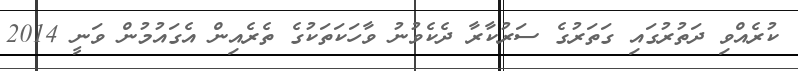
ކުރެއްވި ދަތުރުގައި ގަތަރުގެ ސަރުކާރާ ދެކެވުނު ވާހަކަތަކުގެ ތެރެއިން އެގައުމުން ވަނީ 2014